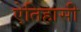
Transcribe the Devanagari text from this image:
ऐतिहासी